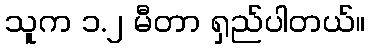
သူက ၁.၂ မီတာ ရှည်ပါတယ်။